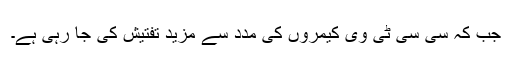
جب کہ سی سی ٹی وی کیمروں کی مدد سے مزید تفتیش کی جا رہی ہے۔